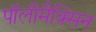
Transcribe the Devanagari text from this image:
पॉलीमैक्सिन